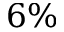
6 \%